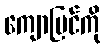
ကျောပြင်ကို